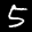
Label: 5